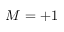
M = + 1